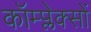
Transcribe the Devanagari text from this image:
कॉम्प्लेक्सों